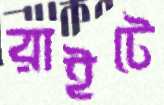
রাইটে